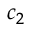
c _ { 2 }